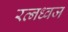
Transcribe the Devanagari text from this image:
रत्नध्वज